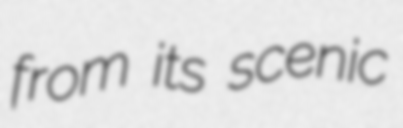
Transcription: from its scenic